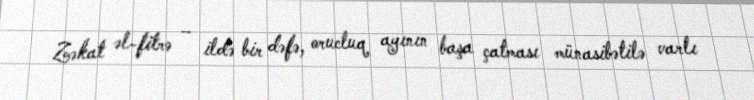
Zəkat əl-fitrə – ildə bir dəfə, orucluq ayının başa çatması münasibətilə varlı